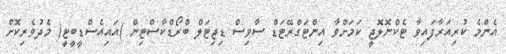
އެންމެ ކުރިއަރާފައިވާ ޓެކްނޮލޮޖީ ކަމަށްވާ އިންޓަގްރޭޓަޑް ސާވިސް ޑިޖިޓަލް ބްރޯޑްކާސްޓިން )އައިއެސްޑީބީޓީ( މެދުވެރިކޮށް